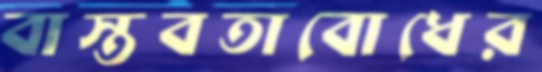
বাস্তবতাবোধের